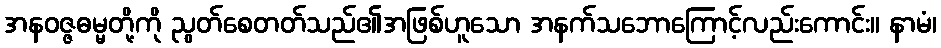
အနဝဇ္ဇဓမ္မတို့ကို ညွတ်စေတတ်သည်၏အဖြစ်ဟူသော အနက်သဘောကြောင့်လည်းကောင်း။ နာမံ၊